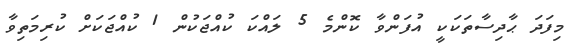
މިފަދަ ޙާދިސާތަކަކީ އުފަންވާ ކޮންމެ 5 ލައްކަ ކުއްޖަކުން 1 ކުއްޖަކަށް ކުރިމަތިވާ